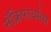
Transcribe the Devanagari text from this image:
सॅक्रिफायसेस